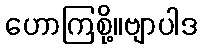
ဟောကြစို့။ဗျာပါဒ